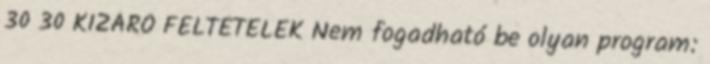
30 30 KIZÁRÓ FELTÉTELEK Nem fogadható be olyan program: